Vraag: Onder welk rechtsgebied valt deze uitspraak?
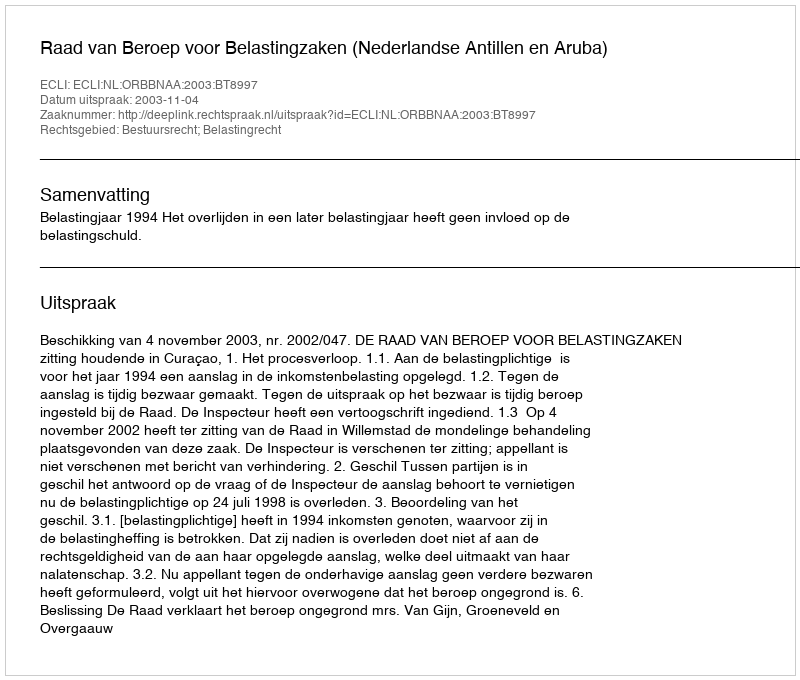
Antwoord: Bestuursrecht; Belastingrecht